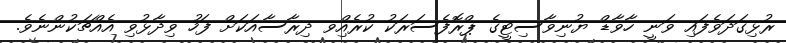
ރުޅިގަދަވެފައި ވަނީ ހާވާޑް ޔުނިވާސިޓީގެ ޕްރޮފެސަރަކު ކުރެއްިވ ދިރާސާއަކަށް ފަހު ވިދާޅުވި އެއްޗަކުންނެވެ.